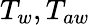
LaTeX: T_{w},T_{aw}